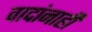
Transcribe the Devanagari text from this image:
वादांनाही